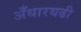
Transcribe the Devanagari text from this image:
अँधारथढी